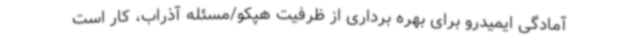
آمادگی ایمیدرو برای بهره برداری از ظرفیت هپکو/مسئله آذراب، کار است